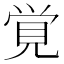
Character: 覚